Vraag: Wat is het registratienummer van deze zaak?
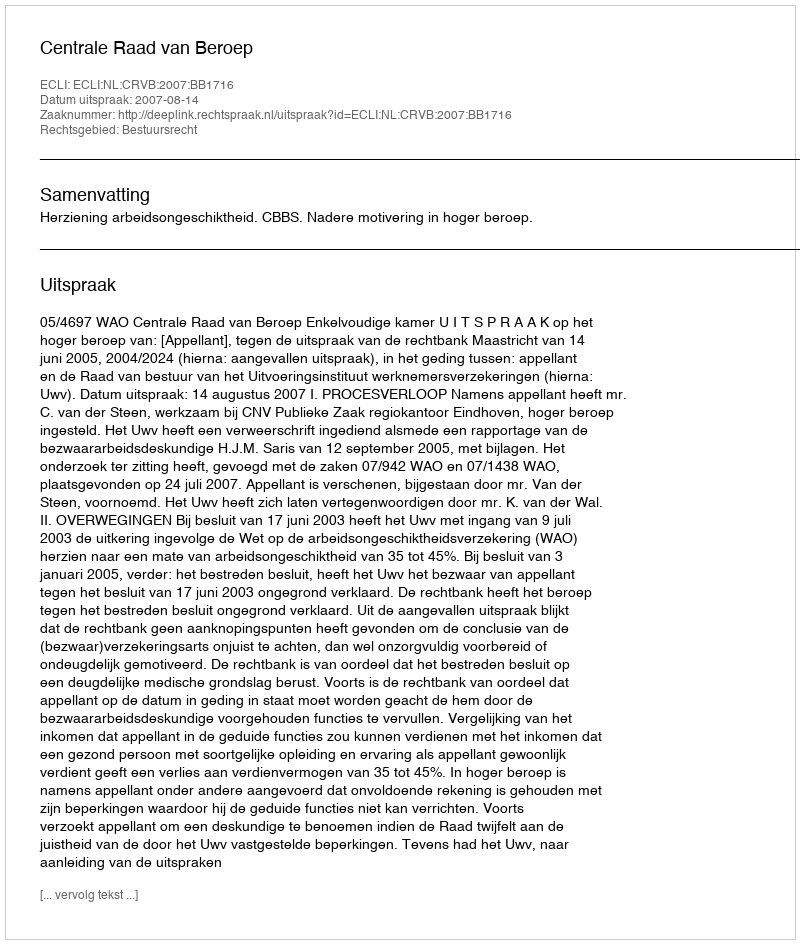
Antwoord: http://deeplink.rechtspraak.nl/uitspraak?id=ECLI:NL:CRVB:2007:BB1716